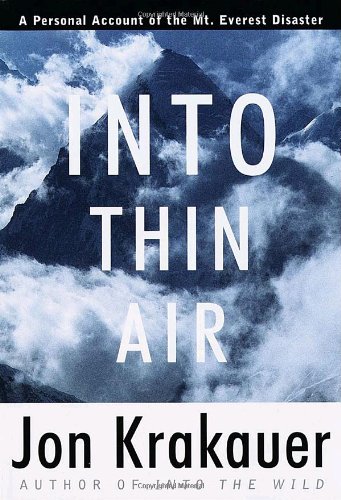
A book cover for Into Thin Air: A Personal Account of the Mount Everest Disaster; Jon Krakauer; Sports & Outdoors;